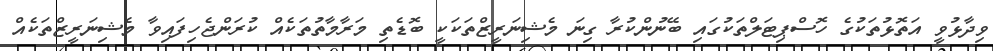
ވިދާޅުވީ އަތޮޅުތަކުގެ ހޮސްޕިޓަލްތަކުގައި ބޭނުންކުރާ ގިނަ މެޝިނަރީޒްތަކަކީ ބޮޑެތި މަރާމާތުތަކެއް ކުރަންޖެހިފައިވާ މެޝިނަރީޒްތަކެއް